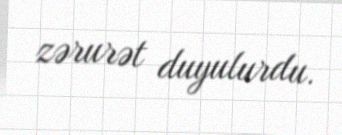
zərurət duyulurdu.